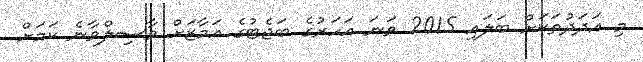
މި އަދަދުތަކަށް ބަލައި 2015 ވަނަ އަހަރުގެ ބަޖެޓުގެ އަމާޒަށް ވާސިލްވާނެ ކަމަށް